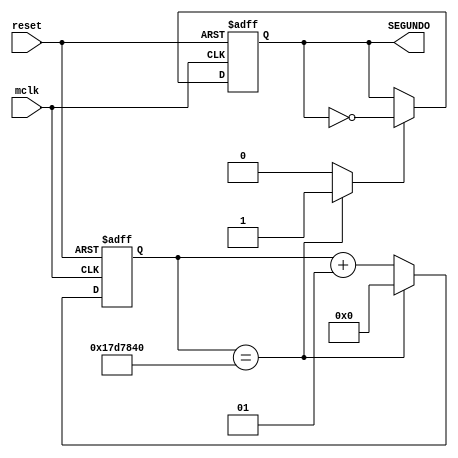
//1 second counter

module Counter1s
	(
		input mclk, reset,
		output reg SEGUNDO
		//output integer conteo,

  	);
			
  localparam CUENTA= 25000000; 
  integer conteo;			
  wire w1; 					 
  
  always@ (negedge reset, posedge mclk)
	begin
	   if (reset == 1'b0 ) conteo <= 0;		
	   else
				if (conteo == CUENTA) conteo <=0; 
				else conteo <= conteo + 1;			
		end
	assign w1 = (conteo == CUENTA) ? 1'b1 : 1'b0 ; 
	
	
	always@(negedge reset, posedge mclk)
	begin
		if(reset == 1'b0) SEGUNDO <= 1'b0;	
		else 
			if (w1) SEGUNDO <= ~(SEGUNDO); 
			else    SEGUNDO <= SEGUNDO;		
	end
	
	//assign RCO = w1;  // Ripple Carry Output
	
	endmodule